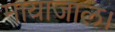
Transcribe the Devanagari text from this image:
मायाजाल।